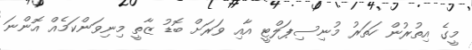
މީގެ އިތުރުން ހަތަރު މުނިސިޕަލްޓީ އާއި ވަރަށް ބޮޑު ޒާތީ މިނިވަންކަމެއް އޮންނަ